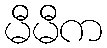
မီမီက